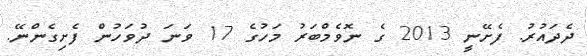
ދެދައުރު. ފެށޭނީ 2013 ގެ ނޮވެމްބަރު މަހުގެ 17 ވަނަ ދުވަހުން ފެށިގެންނޭ.